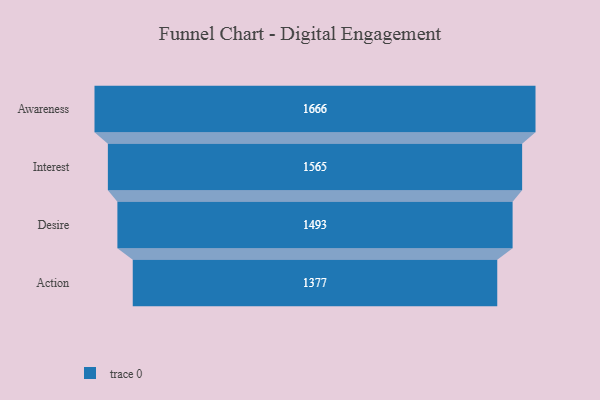
{"axis": {"x": "Stage", "y": "Value"}, "legend": [""], "data": [{"x": "Awareness", "y": 1666.0, "type": ""}, {"x": "Interest", "y": 1565.0, "type": ""}, {"x": "Desire", "y": 1493.0, "type": ""}, {"x": "Action", "y": 1377.0, "type": ""}]}